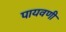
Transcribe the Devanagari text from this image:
पायवणी